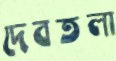
দেবতলা